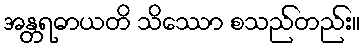
အန္တရဓာယတိ သိဿော စသည်တည်း။